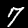
Digit: 7